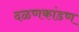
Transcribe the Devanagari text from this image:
दळणकांडण